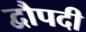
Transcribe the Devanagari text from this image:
द्वौपदी